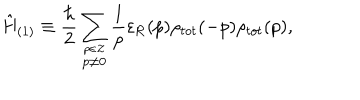
\hat { \mathrm { H } } _ { ( 1 ) } \equiv \frac { \hbar } { 2 } \sum _ { \stackrel { p \in \cal Z } { p \neq 0 } } \frac { 1 } { p } \varepsilon _ { \mathrm { R } } ( p ) \rho _ { t o t } ( - p ) \rho _ { t o t } ( p ) ,